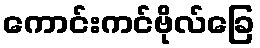
ကောင်းကင်ဗိုလ်ခြေ